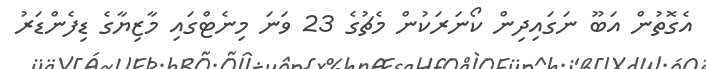
އެގޮތުން އަބޫ ނަގައިދިން ކޯނަރަކުން މެޗުގެ 23 ވަނަ މިނެޓްގައި މާޒިޔާގެ ޑިފެންޑަރު